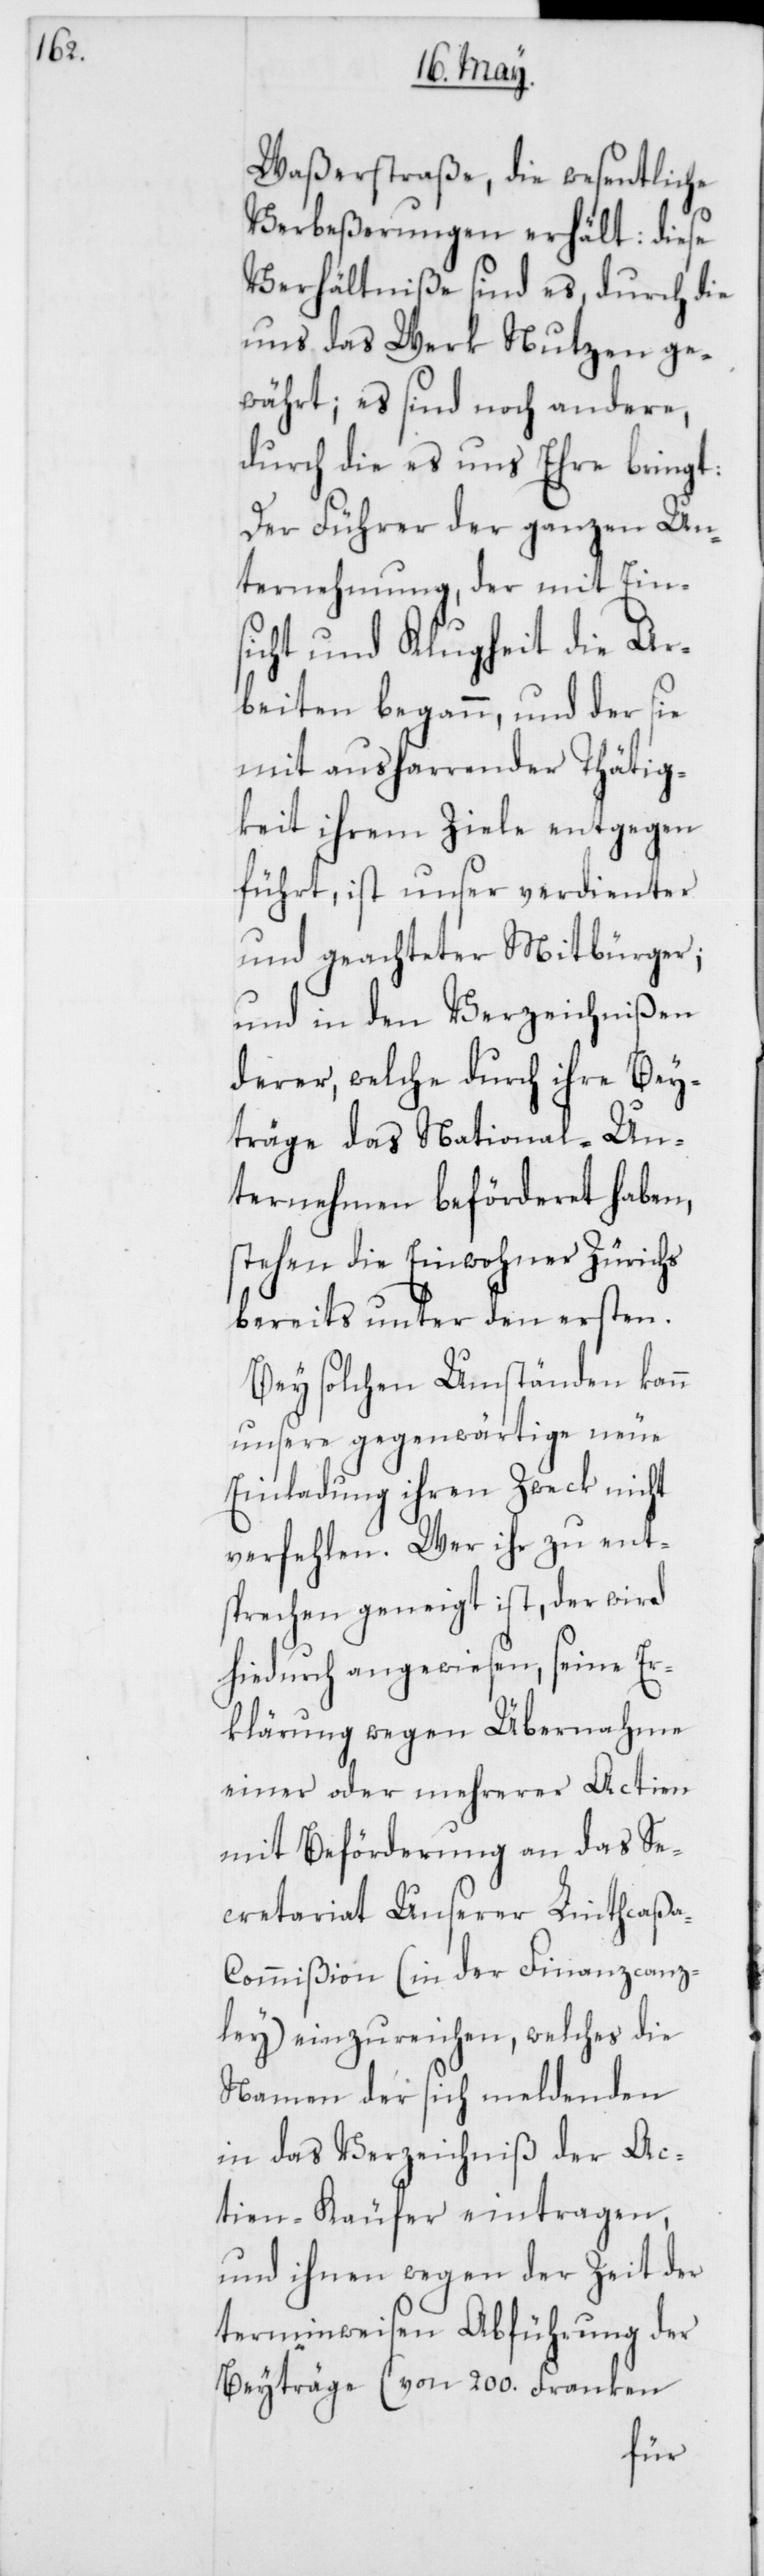
Waßerstraße, die wesentliche
Verbeßerungen erhält: diese
Verhältniße sind es, durch die
uns das Werk Nutzen ge¬
währt; es sind noch andere,
durch die es uns Ehre bringt:
Der Führer der ganzen Un¬
ternehmung, der mit Eins¬
icht und Klugheit die Ar¬
beiten begann, und der sie
mit ausharrender Thätig¬
keit ihrem Ziele entgegen
führt, ist unser verdienter
und geachteter Mitbürger;
und in den Verzeichnißen
derer, welche durch ihre Bey¬
träge das National-Un¬
ternehmen beförderet haben,
stehen die Einwohner Zürichs
bereits unter den ersten.
Bey solchen Umständen kann
unsere gegenwärtige neue
Einladung ihren Zweck nicht
verfehlen. Wer ihr zu ent¬
sprechen geneigt ist, der wird
hiedurch angewiesen, seine Er¬
klärung wegen Übernahme
einer oder mehrerer Actien
mit Beförderung an das Se¬
cretariat Unserer Linthcaß¬
a-Commißion (in der Finanzcanz¬
ley) einzureichen, welches die
Namen der sich meldenden
in das Verzeichniß der Ac¬
tien-Käufer eintragen,
und ihnen wegen der Zeit der
terminweisen Abführung der
Beyträge (von 200. Franken